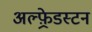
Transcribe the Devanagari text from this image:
अल्फ़्रेडस्टन